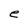
Character: e